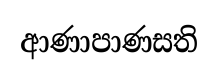
ආණාපාණසති